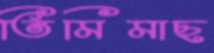
তিমিমাছ